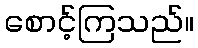
စောင့်ကြသည်။